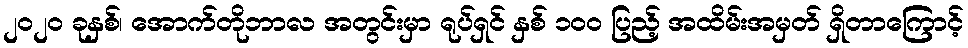
၂၀၂၀ ခုနှစ်၊ အောက်တိုဘာလ အတွင်းမှာ ရုပ်ရှင် နှစ် ၁၀၀ ပြည့် အထိမ်းအမှတ် ရှိတာကြောင့်